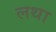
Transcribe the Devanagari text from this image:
लथा